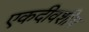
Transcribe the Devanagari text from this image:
एकदीवशीय